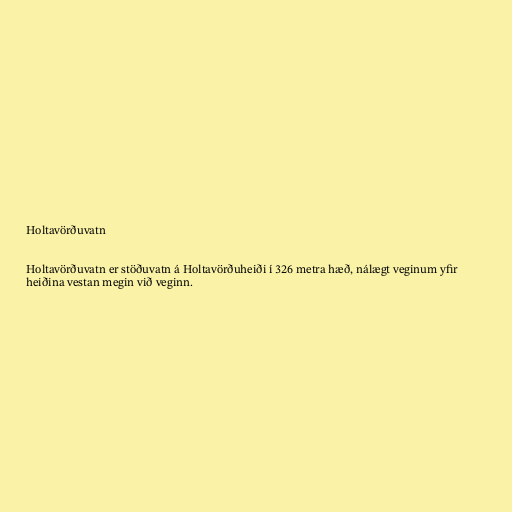
Holtavörðuvatn

Holtavörðuvatn er stöðuvatn á Holtavörðuheiði í 326 metra hæð, nálægt veginum yfir
heiðina vestan megin við veginn.